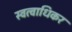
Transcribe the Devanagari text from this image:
स्वत्वाधिकर